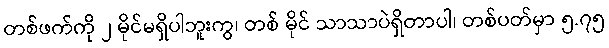
တစ်ဖက်ကို ၂ မိုင်မရှိပါဘူးကွ၊ တစ် မိုင် သာသာပဲရှိတာပါ၊ တစ်ပတ်မှာ ၅.၇၅